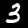
Digit: 3